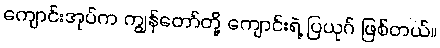
ကျောင်းအုပ်က ကျွန်တော်တို့ ကျောင်းရဲ့ ပြယုဂ် ဖြစ်တယ်။